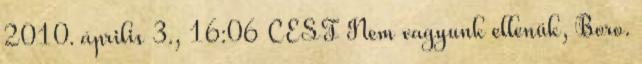
2010. április 3., 16:06 CEST Nem vagyunk ellenük, Boro.